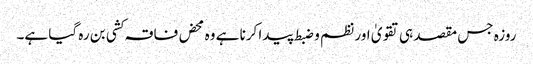
روزہ جس مقصد ہی تقویٰ اور نظم و ضبط پیدا کرنا ہے وہ محض فاقہ کشی بن رہ گیا ہے۔